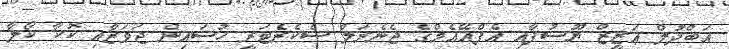
އަބްދުލް ޢަޒީޒް ޔޫސުފާއި އެފްއޭއެމްގެ ޖެނެރަލް ސެކެރެޓަރީ ހުސައިން ޖަވަޒާއި ކޮކާ ކޯލާ